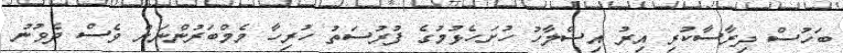
ބަހުސް ދިރާސާކުރި އިރު އިސްލާހު ހުށަހެޅުމުގެ ފުރުސަތު ހުރިހާ މެމްބަރުންނަށް ވެސް ދެވުނު